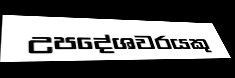
උපදේශවරයකු